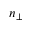
n _ { \perp }